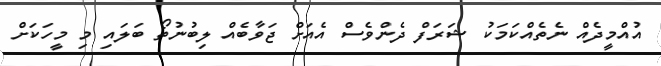
އުއްމީދެއް ނެތެއްކަމަކު ޝަރަފް ދެންވެސް އެއަށް ޖަވާބެއް ލިބުނުތޯ ބަލައި މި މީހަކަށް